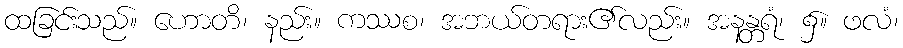
ထခြင်းသည်။ ဟောတိ၊ နည်း။ ကဿစ၊ အဘယ်တရား၏လည်း။ အနန္တရံ၊ ၌။ ဖလံ၊